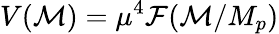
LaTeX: V({\cal M})=\mu^{4}{\cal F}({\cal M}/M_{p})